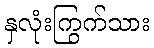
နှလုံးကြွက်သား